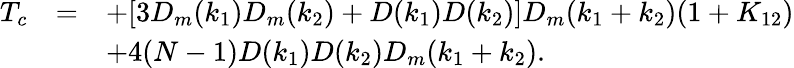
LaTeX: \begin{array}{rcl}{{T_{c}}}&{{=}}&{{\displaystyle+[3D_{m}(k_{1})D_{m}(k_{2})+D(k_{1})D(k_{2})]D_{m}(k_{1}+k_{2})(1+K_{12})}}\\ {{}}&{{}}&{{\displaystyle+4(N-1)D(k_{1})D(k_{2})D_{m}(k_{1}+k_{2}).}}\end{array}